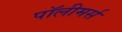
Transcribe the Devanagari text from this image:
पॉलीमर्स